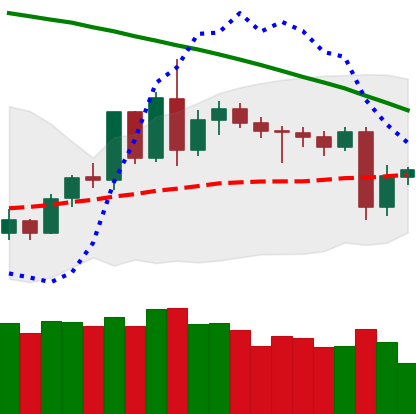
Ticker: LTC-USD
Chart end date: 2020-06-13
Forward return: -3.403%
Label: down_3_5